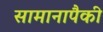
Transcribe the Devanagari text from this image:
सामानापैकी